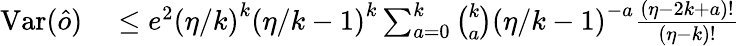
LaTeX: \begin{array}{rl}{\mathrm{Var}(\hat{o})}&{{}\leq e^{2}\left(\eta/k\right)^{k}\left(\eta/k-1\right)^{k}\sum_{a=0}^{k}\binom{k}{a}\left(\eta/k-1\right)^{-a}\frac{\left(\eta-2k+a\right)!}{\left(\eta-k\right)!}}\end{array}